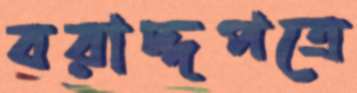
বরাদ্দপত্রে